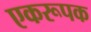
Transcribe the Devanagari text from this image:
एकरूपक